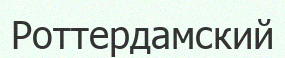
Роттердамский